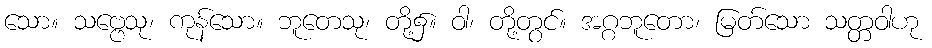
သော။ သဗ္ဗေသု၊ ကုန်သော။ ဘူတေသု၊ တို့၌။ ဝါ၊ တို့တွင်။ အဂ္ဂဘူတော၊ မြတ်သော သတ္တဝါဟု